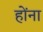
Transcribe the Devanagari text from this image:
होँना